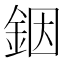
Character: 銦